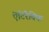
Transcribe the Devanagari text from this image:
ऐंटिरैबिक